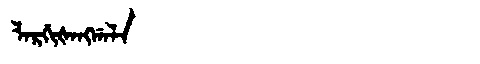
Manchu: ᠯᠠᡵᡤᡳᡧᠠᠩᡤᠠᠯᠠ
Romanization: LARGIŠANGGALA